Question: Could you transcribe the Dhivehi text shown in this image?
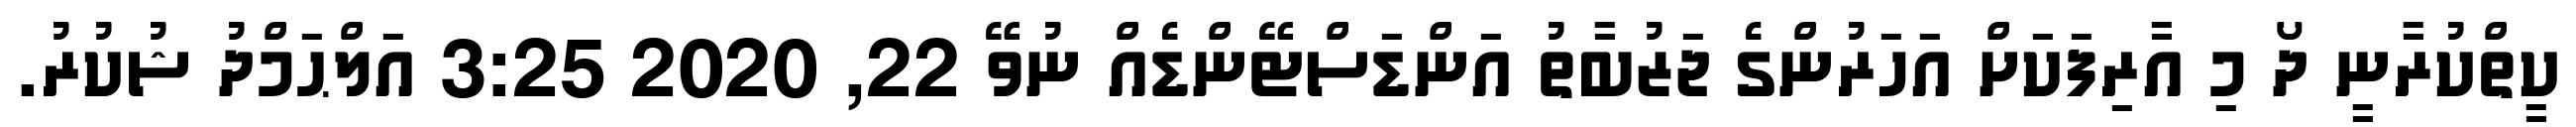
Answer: ކީތްކުރާނީ ދޯ މި އާރިފަކަށް އަހަރުންގެ ޖަޒުބާތު އަންޑަސްޓޭންޑެއް ނުވޭ 22, 2020 3:25 އަލްޙަމްދު ޝުކުރު.